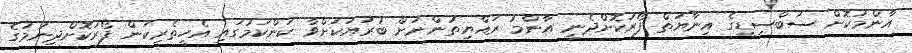
އާންމުކޮށް ސަބްސިޑީގެ އިނާޔަތް ފޯރުކޮށްދެނީ އާންމު ރައްޔިތުންނަށް ބުރަޔަކަށްވާ ކަންކަމުގައި އެހީތެރިކަން ފޯރުކޮށްދިނުމުގެ